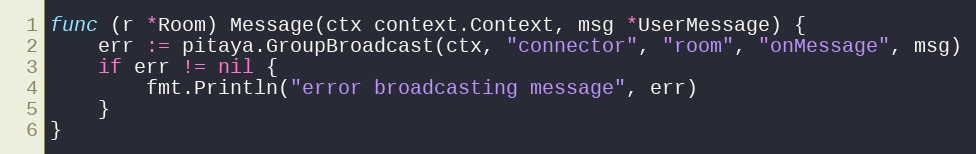
Language: Go
func (r *Room) Message(ctx context.Context, msg *UserMessage) {
	err := pitaya.GroupBroadcast(ctx, "connector", "room", "onMessage", msg)
	if err != nil {
		fmt.Println("error broadcasting message", err)
	}
}